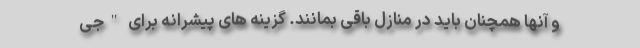
و آنها همچنان باید در منازل باقی بمانند. گزینه های پیشرانه برای "جی